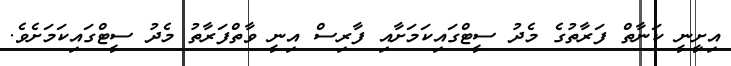
އިށިީނީ ކަނާތް ފަރާތުގެ މެދު ސީޓްގައިކަމަށާއި ފާރިސް އިނީ ވާތްފަރާތު މެދު ސީޓްގައިކަމަށެވެ.